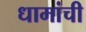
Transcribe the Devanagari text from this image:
धामांची